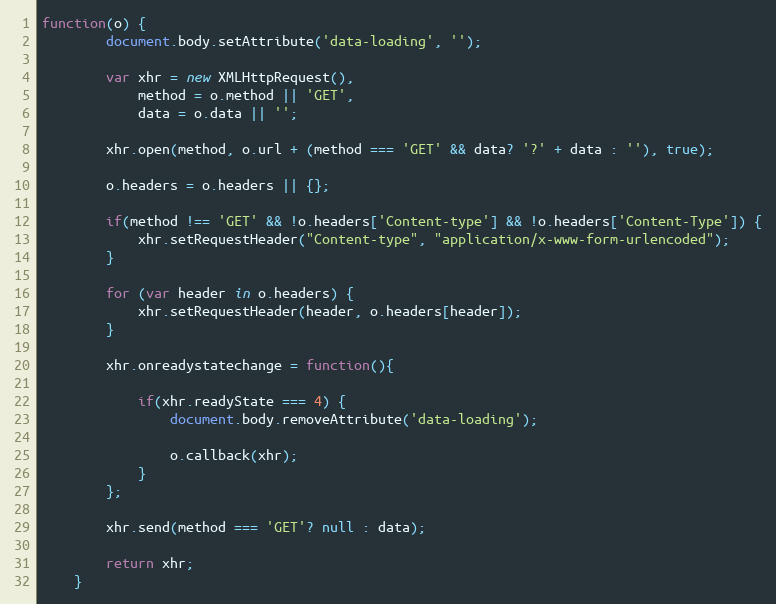
Language: JavaScript
function(o) {
		document.body.setAttribute('data-loading', '');

		var xhr = new XMLHttpRequest(),
			method = o.method || 'GET',
			data = o.data || '';

		xhr.open(method, o.url + (method === 'GET' && data? '?' + data : ''), true);

		o.headers = o.headers || {};

		if(method !== 'GET' && !o.headers['Content-type'] && !o.headers['Content-Type']) {
			xhr.setRequestHeader("Content-type", "application/x-www-form-urlencoded");
		}

		for (var header in o.headers) {
			xhr.setRequestHeader(header, o.headers[header]);
		}

		xhr.onreadystatechange = function(){

			if(xhr.readyState === 4) {
				document.body.removeAttribute('data-loading');

				o.callback(xhr);
			}
		};

		xhr.send(method === 'GET'? null : data);

		return xhr;
	}